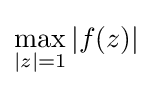
\max _{|z|=1}|f(z)|